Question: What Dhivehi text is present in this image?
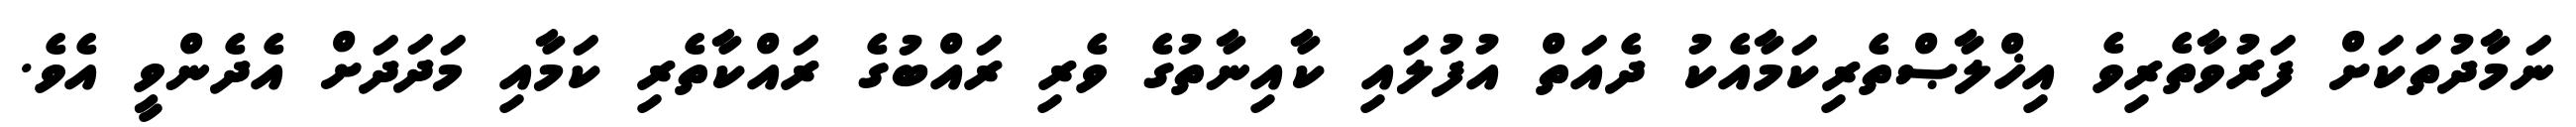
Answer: ނަމާދުތަކަށް ފަރުވާތެރިވެ އިޚްލާޞްތެރިކަމާއެކު ދެއަތް އުފުލައި ކާއިނާތުގެ ވެރި ރައްބުގެ ރައްކާތެރި ކަމާއި މަދަދަށް އެދެންވީ އެވެ.